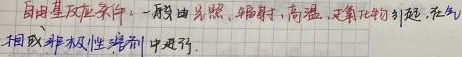
自由基反应条件：一般由光照、辐射、高温、过氧化物引起，在气相或非极性溶剂中进行。